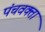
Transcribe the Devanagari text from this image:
पंचवक्ता